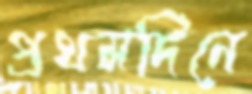
প্রথমদিনে